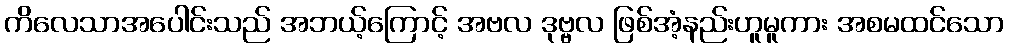
ကိလေသာအပေါင်းသည် အဘယ့်ကြောင့် အဗလ ဒုဗ္ဗလ ဖြစ်အံ့နည်းဟူမူကား အစမထင်သော